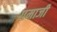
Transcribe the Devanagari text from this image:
गमाजी